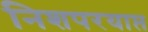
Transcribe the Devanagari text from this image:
निशपरयाप्त